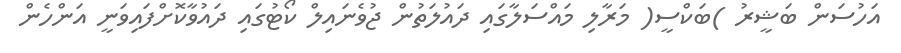
އަހުސަން ބަޝީރު )ބަކްސީ( މަރާލި މައްސަލާގައި ދައުލަތުން ޖުވެނައިލް ކޯޓުގައި ދައުވާކޮށްފައިވަނީ އަންހެން